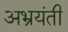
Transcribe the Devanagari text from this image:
अभ्रयंती